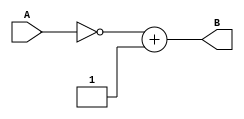
`timescale 1ns/10ps
module Negate(A, B);
input [31:0] A;
output reg [31:0] B;
always@(A)
	begin
	B = ( ~A ) + 1'b1; //2's compliment
	end
endmodule